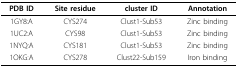
<table><thead><tr><td><b>PDB ID</b></td><td><b>Site residue</b></td><td><b>cluster ID</b></td><td><b>Annotation</b></td></tr></thead><tbody><tr><td>1GY8:A</td><td>CYS274</td><td>Clust1-Sub53</td><td>Zinc binding</td></tr><tr><td>1UC2:A</td><td>CYS98</td><td>Clust1-Sub53</td><td>Zinc binding</td></tr><tr><td>1NYQ:A</td><td>CYS181</td><td>Clust1-Sub53</td><td>Zinc binding</td></tr><tr><td>1OKG:A</td><td>CYS278</td><td>Clust22-Sub159</td><td>Iron binding</td></tr></tbody></table>